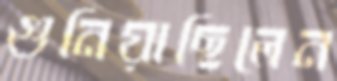
গুনিয়াছিলেন